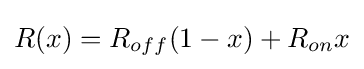
R(x)=R_{off}(1-x)+R_{on}x